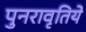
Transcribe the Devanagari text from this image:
पुनरावृतिये